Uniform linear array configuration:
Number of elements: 32
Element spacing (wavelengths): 0.5
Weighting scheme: uniform
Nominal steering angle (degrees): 60
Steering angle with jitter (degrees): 60.415
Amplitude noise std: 0.05
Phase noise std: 0.05

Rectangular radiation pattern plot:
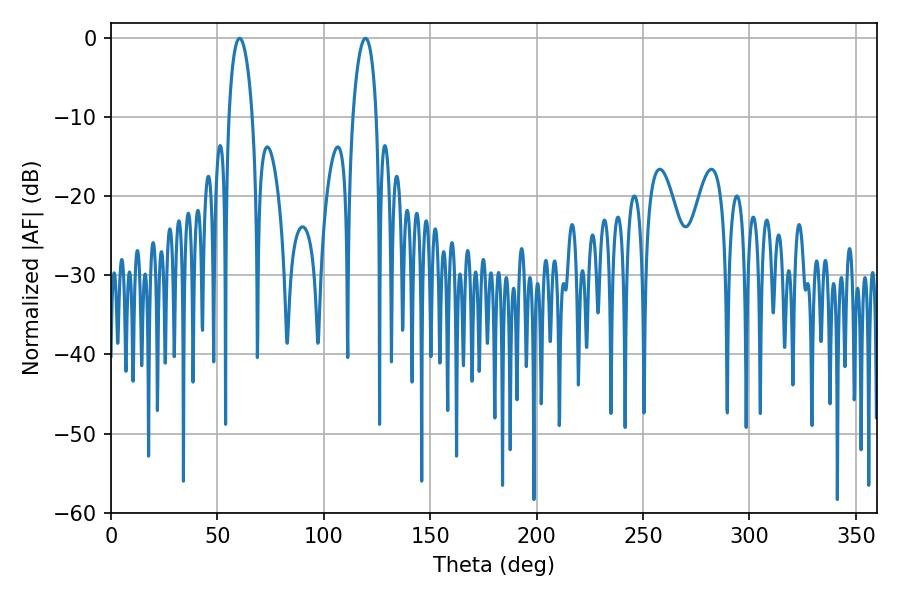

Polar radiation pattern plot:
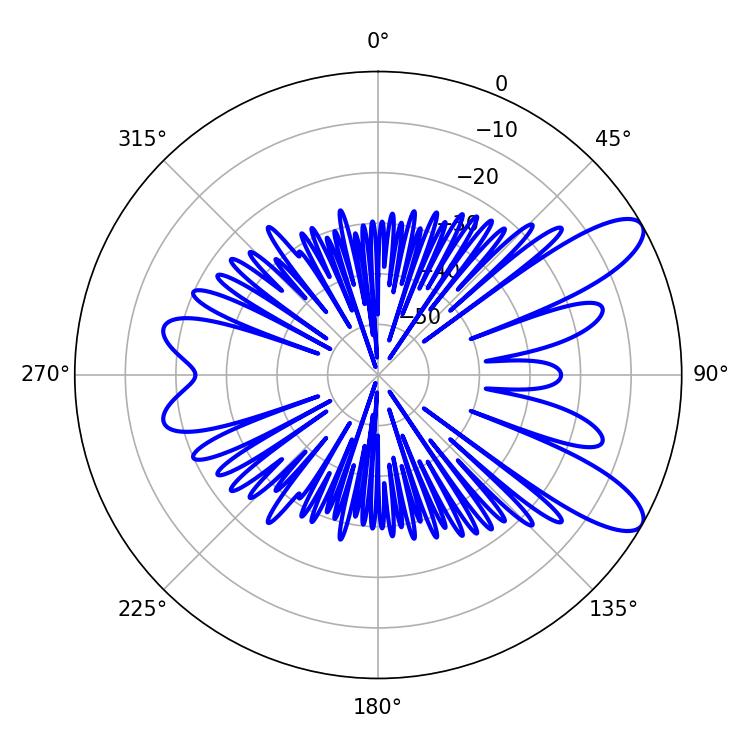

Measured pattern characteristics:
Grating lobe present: FALSE
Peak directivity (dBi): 9.874
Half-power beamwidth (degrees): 6.3
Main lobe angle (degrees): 60.48